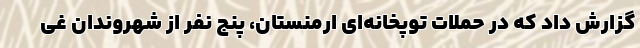
گزارش داد که در حملات توپخانه‌ای ارمنستان، پنج نفر از شهروندان غی